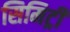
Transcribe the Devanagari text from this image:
सिमिट्री